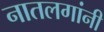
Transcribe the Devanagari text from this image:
नातलगांनी